Leaving Certificate Examination, 1923
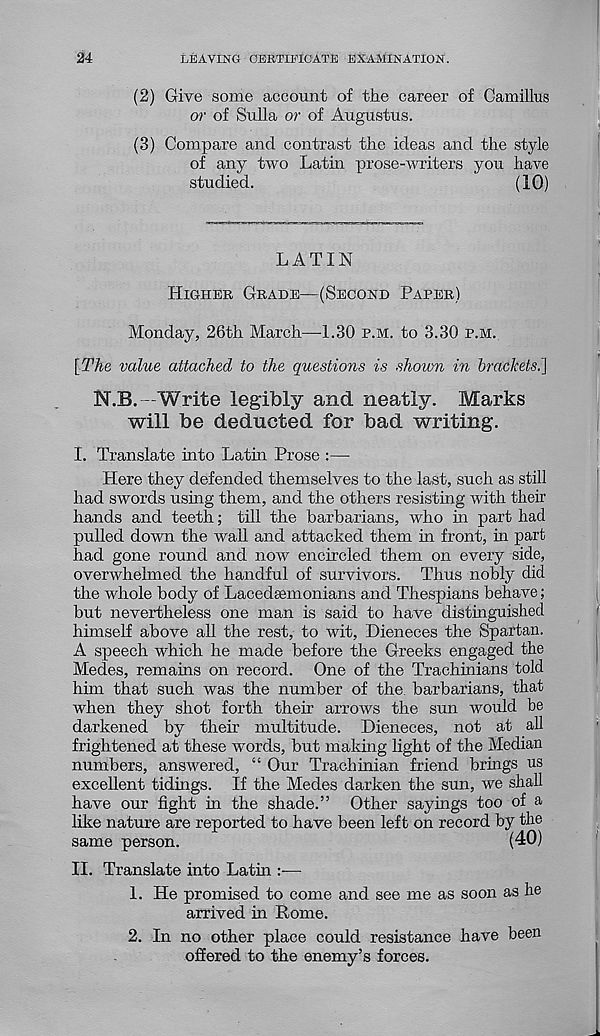
24
LEAVING CERTIFICATE EXAMINATION.
(2) Give some account of the career of Camillus
or of Sulla or of Augustus.
(3) Compare and contrast the ideas and the style
of any two Latm prose-writers you have
studied.
(10)
LATIN
HIGHER GRADE—(SECOND PAPER)
Monday, 26th March—1.30 P.M. to 3.30 P.M.
[The value attached to the questions is shown in brackets.]
N.B.—Write legibly and neatly. Marks
will be deducted for bad writing.
I. Translate into Latin Prose :—
Here they defended themselves to the last, such as still
had swords using them, and the others resisting with their
hands and teeth; till the barbarians, who in part had
pulled down the wall and attacked them in front, in part
had gone round and now encircled them on every side,
overwhelmed the handful of survivors. Thus nobly did
the whole body of Lacedaemonians and Thespians behave;
but nevertheless one man is said to have distinguished
himself above all the rest, to wit, Dieneces the Spartan.
A speech which he made before the Greeks engaged the
Medes, remains on record. One of the Trachinians told
him that such was the number of the. barbarians, that
when they shot forth their arrows the sun would be
darkened by their multitude. Dieneces, not at all
frightened at these words, but making light of the Median
numbers, answered, “ Our Trachinian friend brings us
excellent tidings. If the Medes darken the sun, we shall
have our fight in the shade.” Other sayings too of a
like nature are reported to have been left on record by the
same person.
(40)
II. Translate into Latin :—
1. He promised to come and see me as soon as he
arrived in Rome.
2. In no other place could resistance have been
offered to the enemy’s forces.